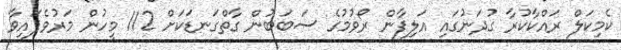
ކެމިކަލް ރައްކާކުރާ ގުދަނުގައި އަލިފާން ރޯވުމުގެ ސަބަބުން ގާތްގަނޑަކަށް 112 މީހުން މަރުވެފައިވާ